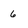
Character: 6